Annual administration report of the Civil Veterinary Department, Ajmere-Merwara, British Rajputana - 1914-1940
Year: 1914
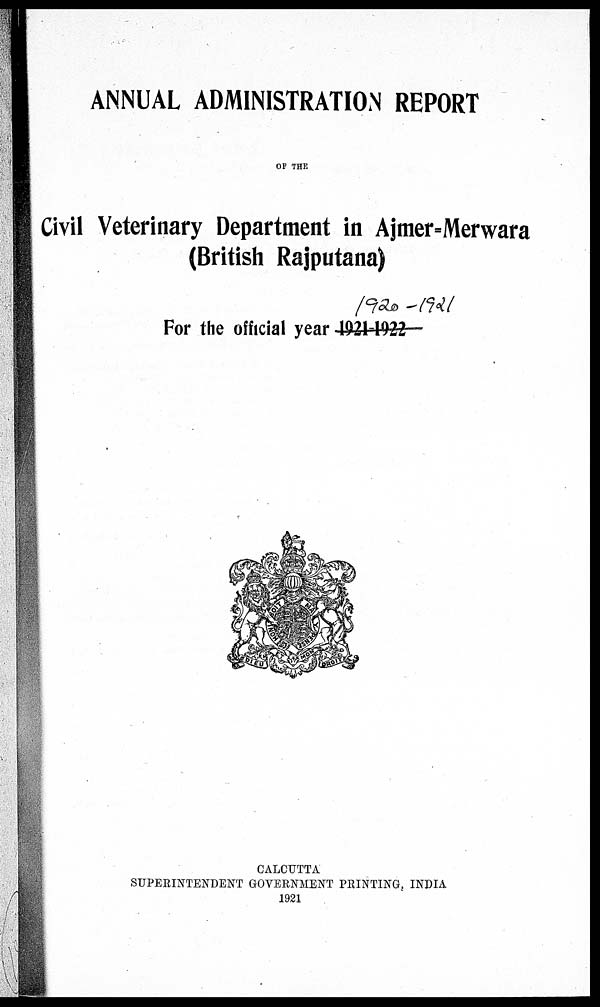
ANNUAL ADMINISTRATION REPORT
OF THE
Civil Veterinary Department in Ajmer=Merwara
(British Rajputana)
For the official year 1921-1922
CALCUTTA
SUPERINTENDENT GOVERNMENT PRINTING, INDIA
1921